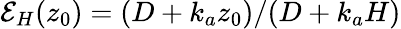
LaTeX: \mathcal{E}_{H}(z_{0})=(D+k_{a}z_{0})/(D+k_{a}H)